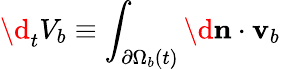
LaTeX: \d_{t}V_{b}\equiv\int_{\partial\Omega_{b}(t)}\d\mathbf{n}\cdot\mathbf{v}_{b}